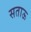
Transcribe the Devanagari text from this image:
सताऊ